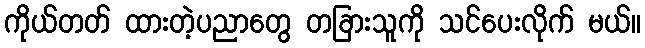
ကိုယ်တတ် ထားတဲ့ပညာတွေ တခြားသူကို သင်ပေးလိုက် မယ်။